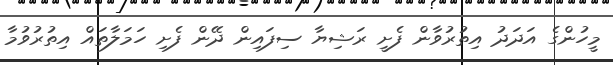
މީހުންގެ އަދަދު އިތުރުވާން ފެށީ ރަޝިޔާ ސިފައިން ދޭން ފެށި ހަމަލާތައް އިތުރުވުމާ